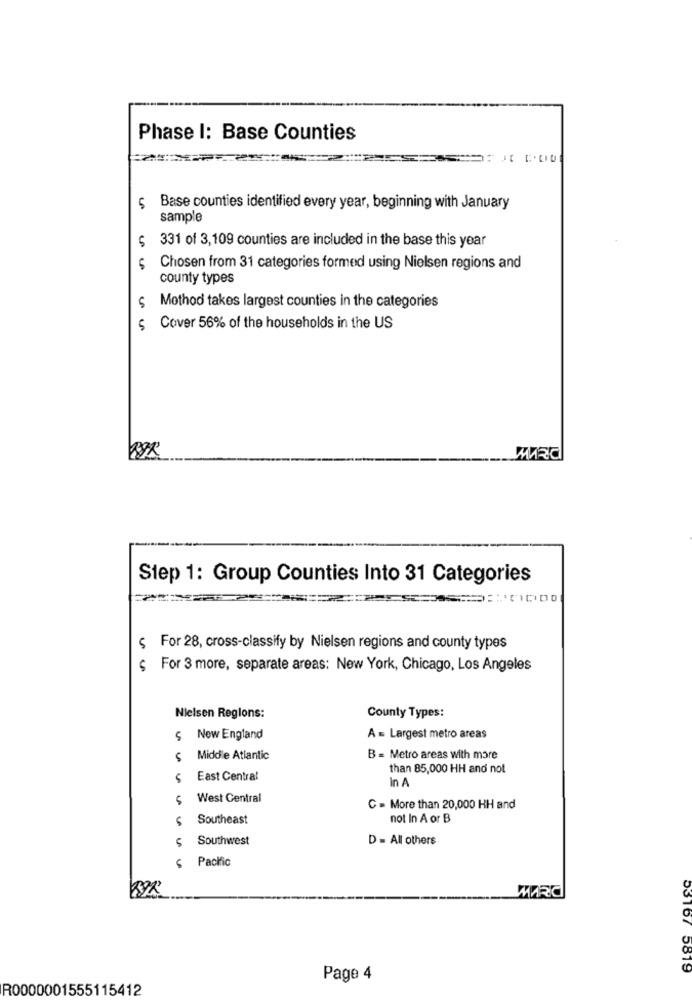
Phase I: Base Counties
5
Base counties identified every year, beginning with January
sample
5
331 of 3,109 counties are included in the base this year
5
Chosen from 31 categories formed using Nielsen regions and
county types
$ Mothod takes largest counties in the categories
5
Cover 56% of the households in the US
Step 1: Group Counties Into 31 Categories
$ For 28, cross-classify by Nielsen regions and county types
$ For 3 more, separate areas: New York, Chicago, Los Angeles
Nielsen Regions:
County Types:
S New England
A = Largest metro areas
$ Middle Atlantic
B = Metro areas with more
than 85,000 HH and not
East Central
In A
5
West Central
C = More than 20,000 HH and
Southeast
not In A or B
$ Southwest
D = All others
$ Pacific
MARC
53167 5819
Page 4
R0000001555115412